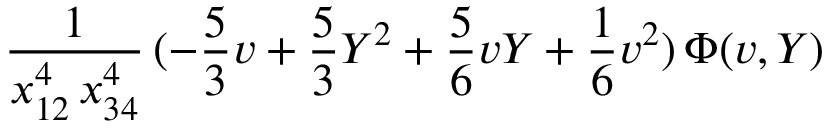
\frac { 1 } { x _ { 1 2 } ^ { 4 } \, x _ { 3 4 } ^ { 4 } } \, ( - \frac { 5 } { 3 } v + \frac { 5 } { 3 } Y ^ { 2 } + \frac { 5 } { 6 } v Y + \frac { 1 } { 6 } v ^ { 2 } ) \, \Phi ( v , Y )